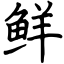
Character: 鲜